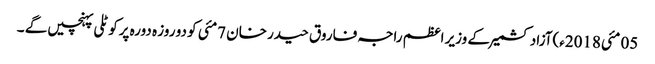
05 مئی2018ء)آزاد کشمیر کے وزیر اعظم راجہ فاروق حیدر خان 7مئی کو دو روز ہ دورہ پرکوٹلی پہنچیں گے ۔